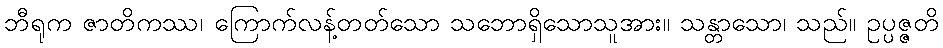
ဘီရုက ဇာတိကဿ၊ ကြောက်လန့်တတ်သော သဘောရှိသောသူအား။ သန္တာသော၊ သည်။ ဥပ္ပဇ္ဇတိ